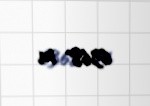
6368 m